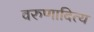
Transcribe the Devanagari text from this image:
वरुणादित्य